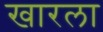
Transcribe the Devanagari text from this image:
खारला